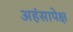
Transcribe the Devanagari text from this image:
अहंसापेक्ष